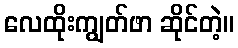
လေထိုးကျွတ်ဖာ ဆိုင်တဲ့။